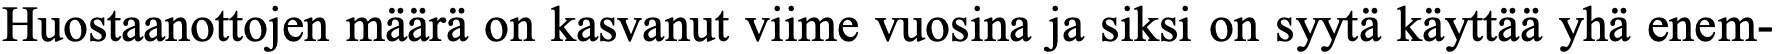
Huostaanottojen määrä on kasvanut viime vuosina ja siksi on syytä käyttää yhä enem-